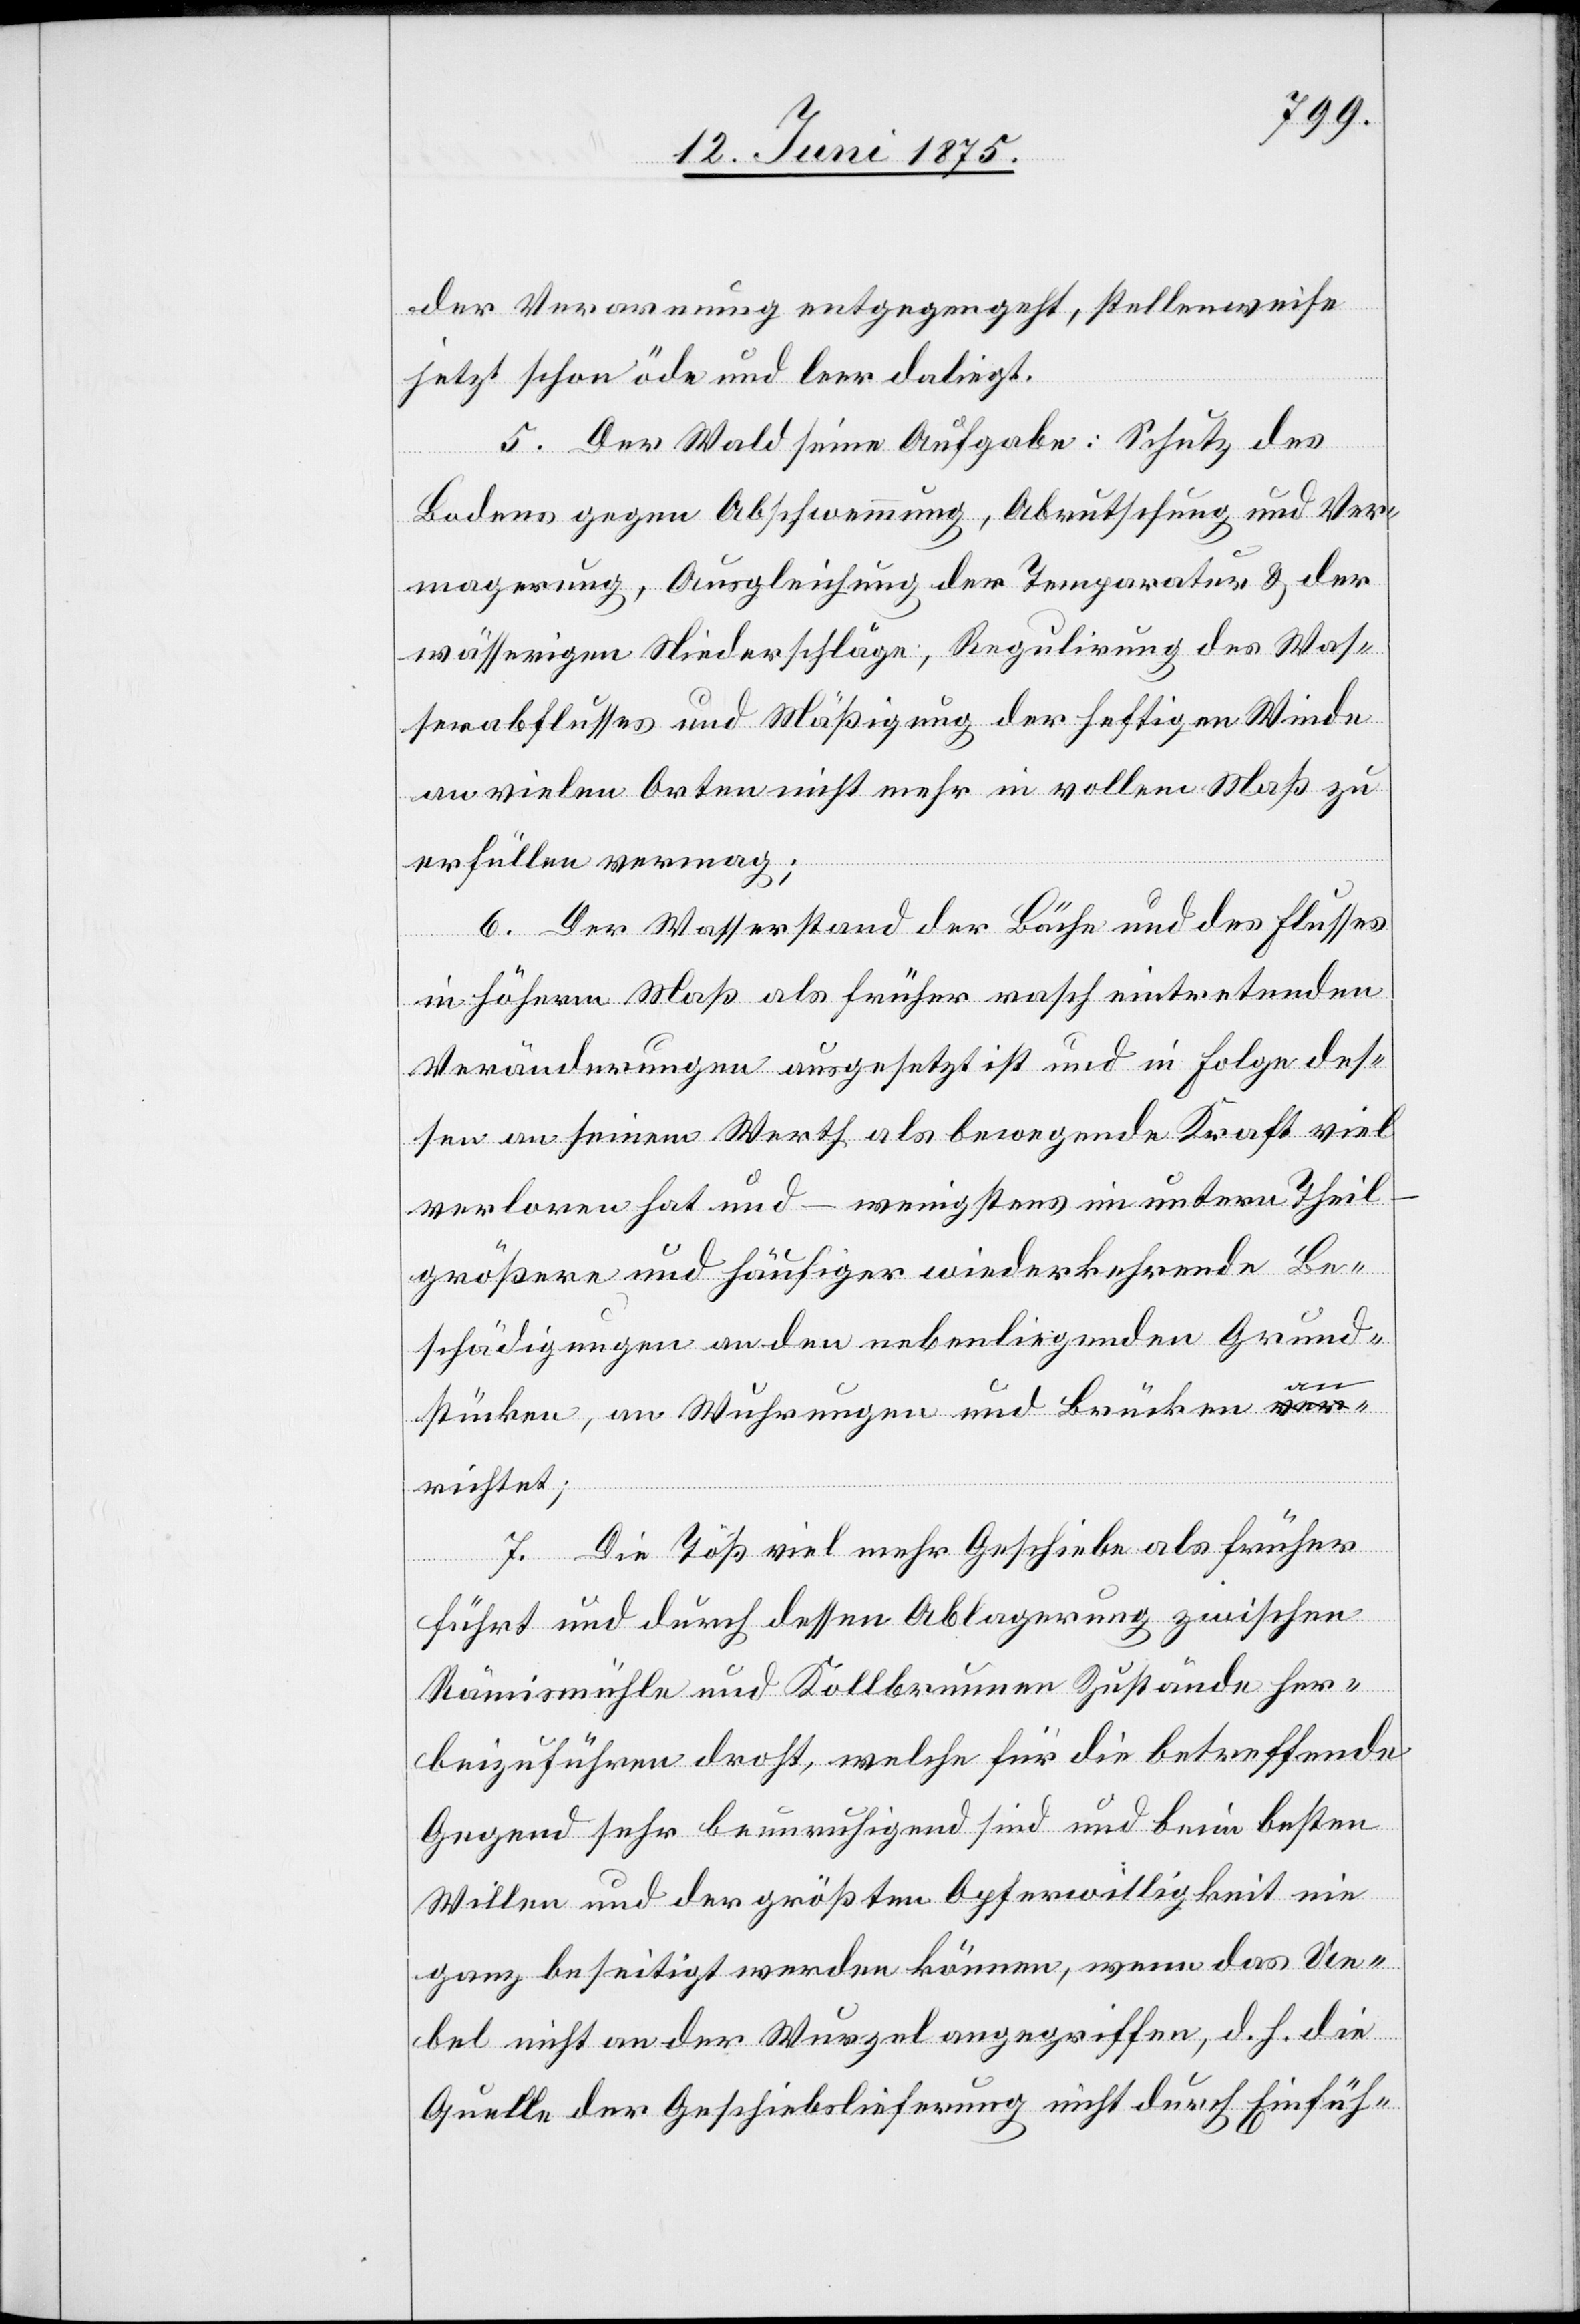
der Verarmung entgegen geht, stellenweise
jetzt schon öde und leer daliegt.
5. Der Wald seine Aufgabe: Schutz des
Bodens gegen Abschwemmung, Abrutschung und Ver¬
magerung, Ausgleichung der Temperatur & der
wässerigen Niederschläge, Regulierung des Was¬
serabflusses und Mäßigung der heftigen Winde
an vielen Orten nicht mehr in vollem Maß zu
erfüllen vermag;
6. Der Wasserstand der Bäche und des Flusses
in höherm Maß als früher rasch eintretenden
Veränderungen ausgesetzt ist und in Folge des¬
sen an seinem Werth als bewegende Kraft viel
verloren hat und – wenigstens im untern Theil
größere und häufiger wiederkehrende Be¬
schädigungen an den nebenliegenden Grund¬
stücken, an Wuhrungen und Brücken an¬
richtet;
7. Die Töß viel mehr Geschiebe als früher
führt und durch dessen Ablagerung zwischen
Rämismühle und Kollbrunnen Zustände her¬
beizuführen droht, welche für die betreffende
Gegend sehr beunruhigend sind und beim besten
Willen und der größten Opferwilligkeit nie
ganz beseitigt werden können, wenn das Ue¬
bel nicht an der Wurzel angegriffen, d. h. die
Quelle der Geschiebslieferung nicht durch Einfüh-